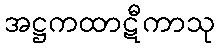
အဋ္ဌကထာဋီကာသု